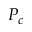
P _ { c }